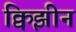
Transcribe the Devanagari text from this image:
क्विझीन